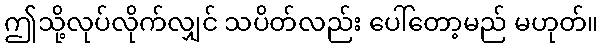
ဤသို့လုပ်လိုက်လျှင် သပိတ်လည်း ပေါ်တော့မည် မဟုတ်။